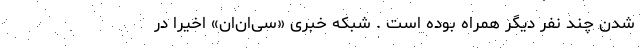
شدن چند نفر دیگر همراه بوده است . شبکه خبری «سی‌ان‌ان» اخیراً در